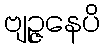
ဗျဉ္ဇနေပိ